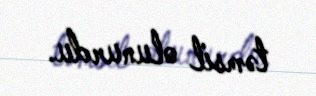
təmsil olunurdu.